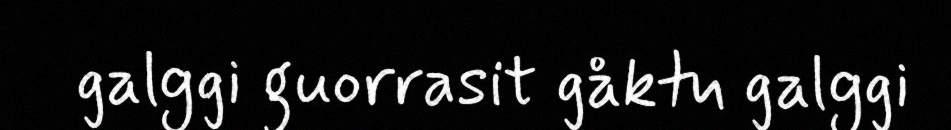
galggi guorrasit gåktu galggi